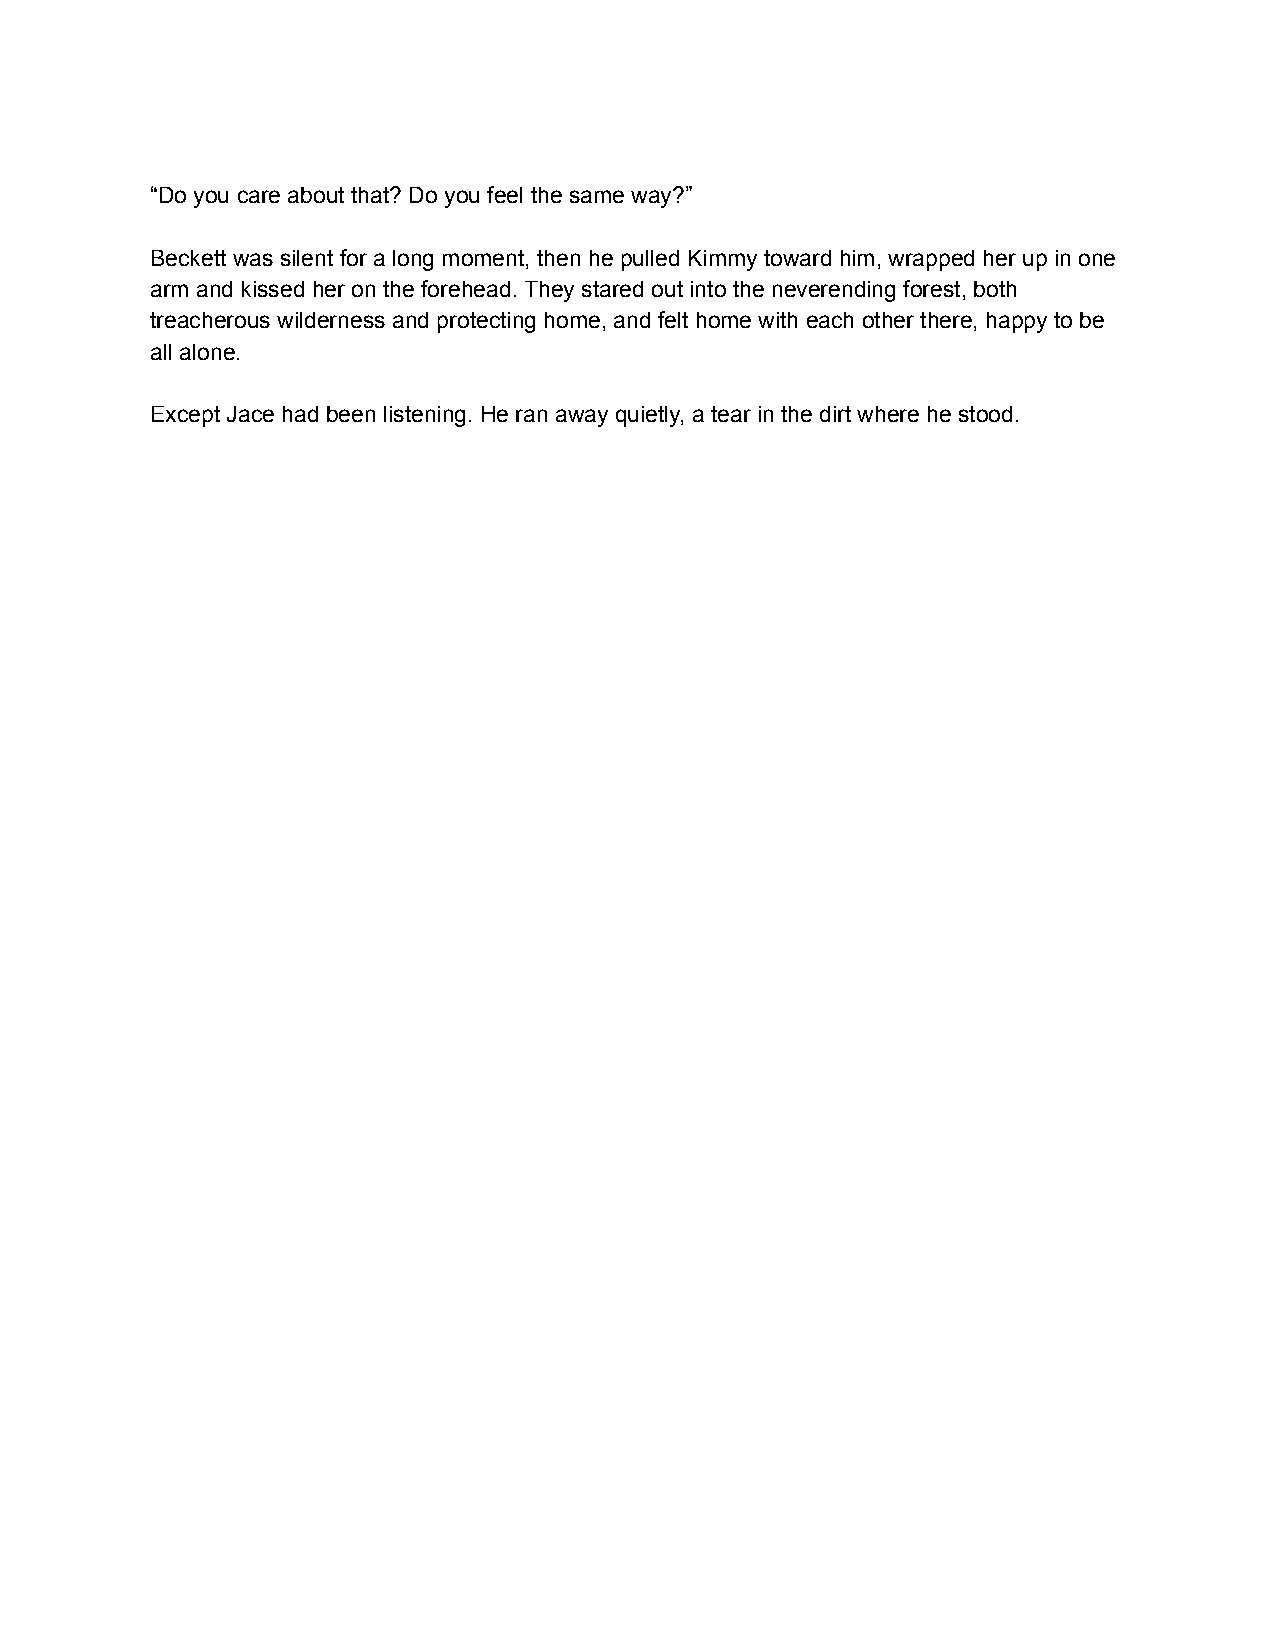
“Do you care about that? Do you feel the same way?”
 Beckett was silent for a long moment, then he pulled Kimmy toward him, wrapped her up in one
 arm and kissed her on the forehead. They stared out into the neverending forest, both
 treacherous wilderness and protecting home, and felt home with each other there, happy to be
 all alone.
 Except Jace had been listening. He ran away quietly, a tear in the dirt where he stood.